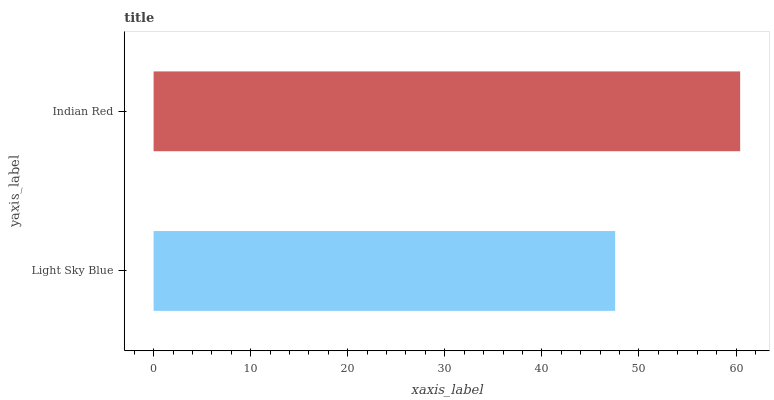
| yaxis_label | bars |
 | --- | --- |
 | Light Sky Blue | 47.5 |
 | Indian Red | 60.4 |